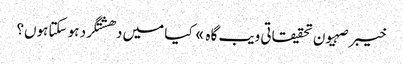
خیبر صہیون تحقیقاتی ویب گاہ » کیا میں دھشتگرد ہو سکتا ہوں؟